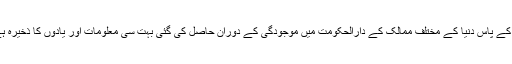
ان کے پاس دنیا کے مختلف ممالک کے دارالحکومت میں موجودگی کے دوران حاصل کی گئی بہت سی معلومات اور یادوں کا ذخیرہ ہے۔